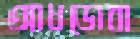
আধডোবা